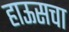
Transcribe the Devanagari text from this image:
हाऊसचा